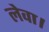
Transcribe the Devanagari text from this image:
लेवा।